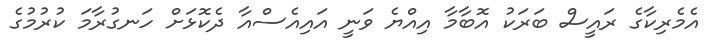
އެމެރިކާގެ ރައީސް ބަރަކު އޮބާމާ އިއްޔެ ވަނީ އައިއެސްއާ ދެކޮޅަށް ހަނގުރާމަ ކުރުމުގެ